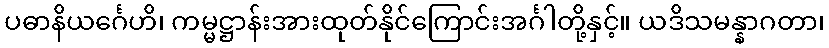
ပဓာနိယင်္ဂေဟိ၊ ကမ္မဋ္ဌာန်းအားထုတ်နိုင်ကြောင်းအင်္ဂါတို့နှင့်။ ယဒိသမန္နာဂတာ၊